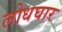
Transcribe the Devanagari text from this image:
लोधघार